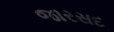
જારસદ